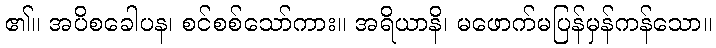
၏။ အပိစခေါပန၊ စင်စစ်သော်ကား။ အရိယာနိ၊ မဖောက်မပြန်မှန်ကန်သော။